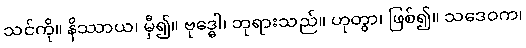
သင်ကို။ နိဿာယ၊ မှီ၍။ ဗုဒ္ဓေါ၊ ဘုရားသည်။ ဟုတွာ၊ ဖြစ်၍။ သဒေဝက၊